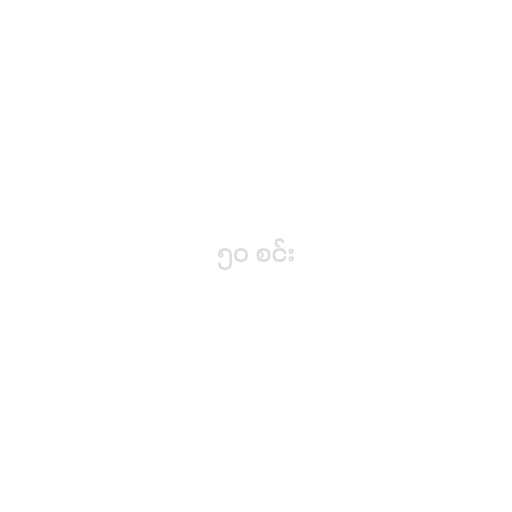
၅၀ စင်း